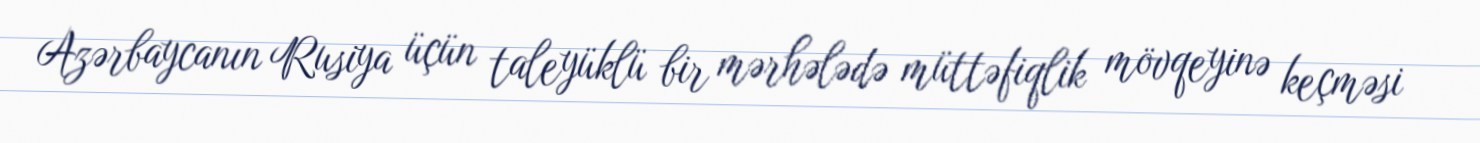
Azərbaycanın Rusiya üçün taleyüklü bir mərhələdə müttəfiqlik mövqeyinə keçməsi